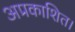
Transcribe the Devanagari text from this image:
अप्रकाशित।